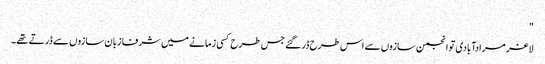
"
لاغر مرادآبادی تو انجمن سازوں سے اس طرح ڈر گئے جس طرح کسی زمانے میں شرفا زبان سازوں سے ڈرتے تھے۔